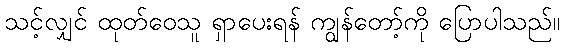
သင့်လျှင် ထုတ်ဝေသူ ရှာပေးရန် ကျွန်တော့်ကို ပြောပါသည်။